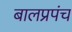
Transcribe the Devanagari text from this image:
बालप्रपंच